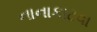
નાનાકાટવા